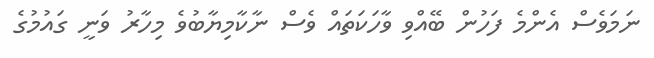
ނަމަވެސް އެންމެ ފަހުން ބޭއްވި ވާހަކަތައް ވެސް ނާކާމިޔާބުވެ މިހާރު ވަނީ ގައުމުގެ